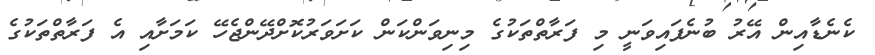
ކެނެޑާއިން އޭރު ބުނެފައިވަނީ މި ފަރާތްތަކުގެ މިނިވަންކަން ކަށަވަރުކޮށްދޭންޖެހޭ ކަމަށާއި އެ ފަރާތްތަކުގެ